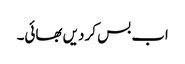
اب بس کر دیں بھائی۔